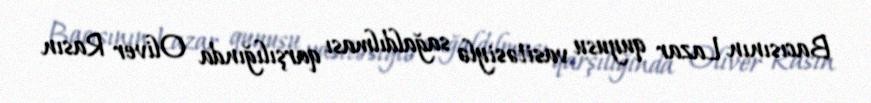
Bacısının Lazar quyusu vasitəsiylə sağaldılması qarşılığında Oliver Rasın